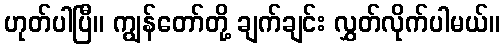
ဟုတ်ပါပြီ။ ကျွန်တော်တို့ ချက်ချင်း လွှတ်လိုက်ပါမယ်။